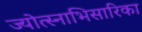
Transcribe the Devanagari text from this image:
ज्योत्स्नाभिसारिका